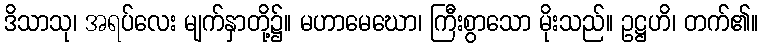
ဒိသာသု၊ အရပ်လေး မျက်နှာတို့၌။ မဟာမေဃော၊ ကြီးစွာသော မိုးသည်။ ဥဋ္ဌဟိ၊ တက်၏။